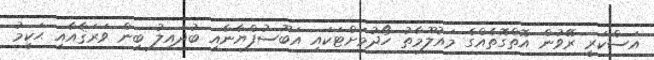
އަސްކަރީ ރޭވުން އޮތްގޮތެއްގެ މައުލޫމާތު ހޯދުމަށްޓަކައި އަބޫސުފްޔާނާއި ބުދައިލު ބިން ވަރަޤާއާއި ޙަކީމު